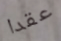
عقدا